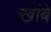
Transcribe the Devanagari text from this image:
खांबे